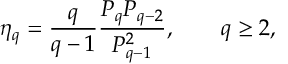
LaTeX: \eta _ { q } = \frac { q } { q - 1 } \frac { P _ { q } P _ { q - 2 } } { P _ { q - 1 } ^ { 2 } } , \qquad q \ge 2 ,